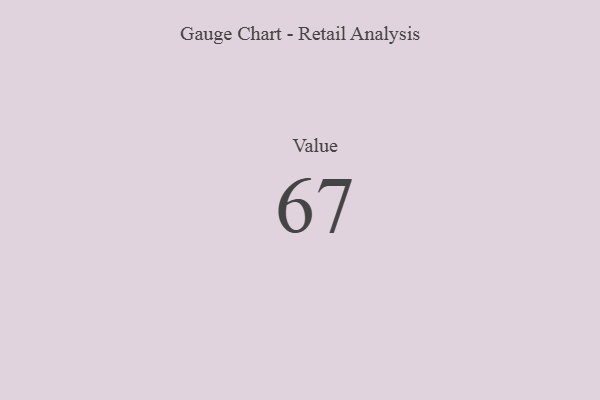
{"axis": {"x": "Metric", "y": "Value"}, "legend": [""], "data": [{"x": "Value", "y": 67, "type": ""}]}